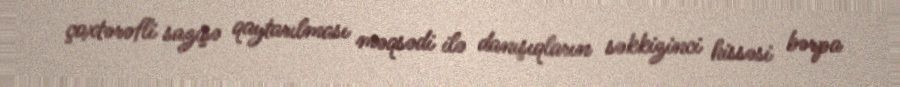
çoxtərəfli sazişə qaytarılması məqsədi ilə danışıqların səkkizinci hissəsi bərpa